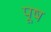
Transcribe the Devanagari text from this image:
पूष